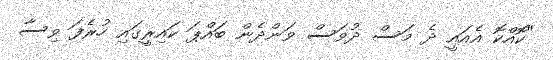
"ކޮއްކޮ އެއައީ ދެ މަސް ދުވަސް ވަންދެން ބައްޕަ ކައިރީގައި ހުރެފަ ވިސާ